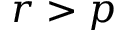
r > p